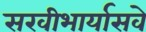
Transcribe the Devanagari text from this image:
सखीभार्यासवे